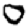
Digit: 0